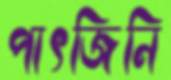
পাৎজিনি